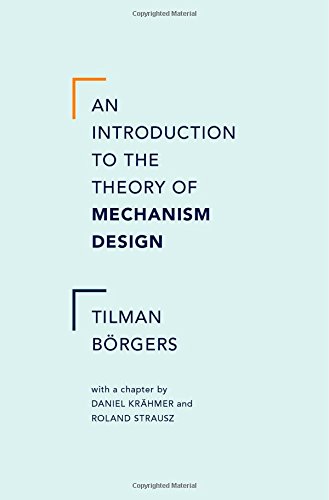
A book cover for An Introduction to the Theory of Mechanism Design; Tilman Borgers; Science & Math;